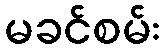
မခင်စမ်း